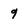
Character: 9